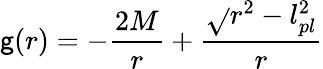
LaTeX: \mathsf{g}(r)=-{\frac{{2M}}{{r}}}+{\frac{{\sqrt{}{{r^{2}-l_{pl}^{2}}}}}{{r}}}